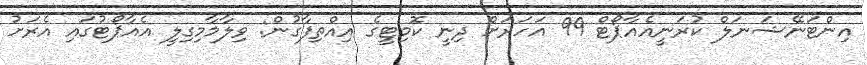
އިންޓަނޭޝަނަލް ކުރަނީއެއާޕޯޓް 99 އަހަރަށް ދިނީ ކޮމިޓީގެ އިއްތިފާގުން: ވިލާމާމިގިލީ އެއާޕޯޓުގައި އެރަށު